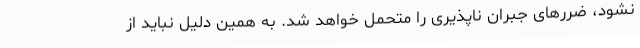
نشود، ضررهای جبران ناپذیری را متحمل خواهد شد. به همین دلیل نباید از